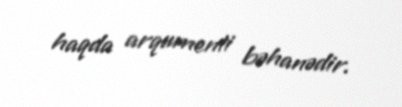
haqda arqumenti bəhanədir.